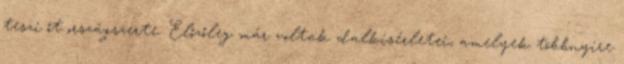
teszi őt országszerte. Előzőleg már voltak dalkísérletei, amelyek többnyire